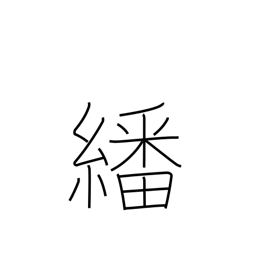
Meaning: peruse